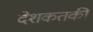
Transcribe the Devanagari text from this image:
देशकतकी